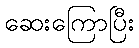
ဆေးကြောပြီး